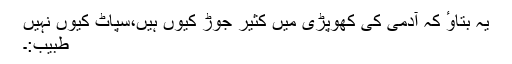
یہ بتاوٴ کہ آدمی کی کھوپڑی میں کثیر جوڑ کیوں ہیں،سپاٹ کیوں نہیں
طبیب:۔